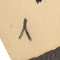
1